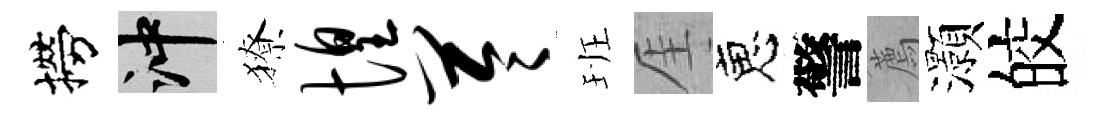
撈冲獠惶苓班厓恵警薦灝皎